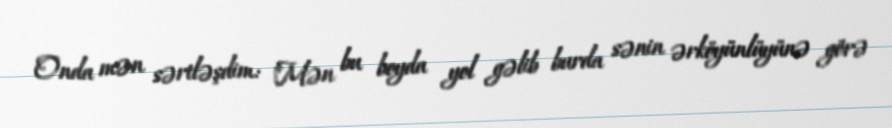
Onda mən sərtləşdim: "Mən bu boyda yol gəlib burda sənin ərköyünlüyünə görə